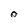
Character: 0